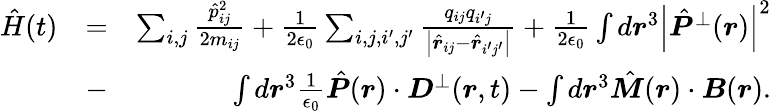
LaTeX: \begin{array}{rlr}{\hat{H}(t)}&{=}&{\sum_{i,j}\frac{\hat{p}_{ij}^{2}}{2m_{ij}}+\frac{1}{2\epsilon_{0}}\sum_{i,j,i^{\prime},j^{\prime}}\frac{q_{ij}q_{i^{\prime}j}}{\left|\hat{\boldsymbol r}_{ij}-\hat{\boldsymbol r}_{i^{\prime}j^{\prime}}\right|}+\frac{1}{2\epsilon_{0}}\int d\boldsymbol r^{3}\left|\hat{\boldsymbol P}^{\perp}(\boldsymbol r)\right|^{2}}\\ &{-}&{\int d\boldsymbol r^{3}\frac{1}{\epsilon_{0}}\hat{\boldsymbol P}(\boldsymbol r)\cdot{\boldsymbol D}^{\perp}(\boldsymbol r,t)-\int d\boldsymbol r^{3}\hat{\boldsymbol M}(\boldsymbol r)\cdot{\boldsymbol B}(\boldsymbol r).}\end{array}